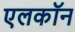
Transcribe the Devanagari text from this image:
एलकॉन